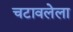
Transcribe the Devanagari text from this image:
चटावलेला